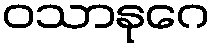
ဝသာနုဂေ